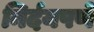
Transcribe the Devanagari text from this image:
निर्दयपणे